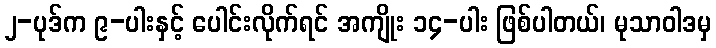
၂-ပုဒ်က ၉-ပါးနှင့် ပေါင်းလိုက်ရင် အကျိုး ၁၄-ပါး ဖြစ်ပါတယ်၊ မုသာဝါဒမှ